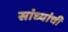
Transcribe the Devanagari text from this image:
सांध्यांची